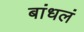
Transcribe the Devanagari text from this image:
बांधलं